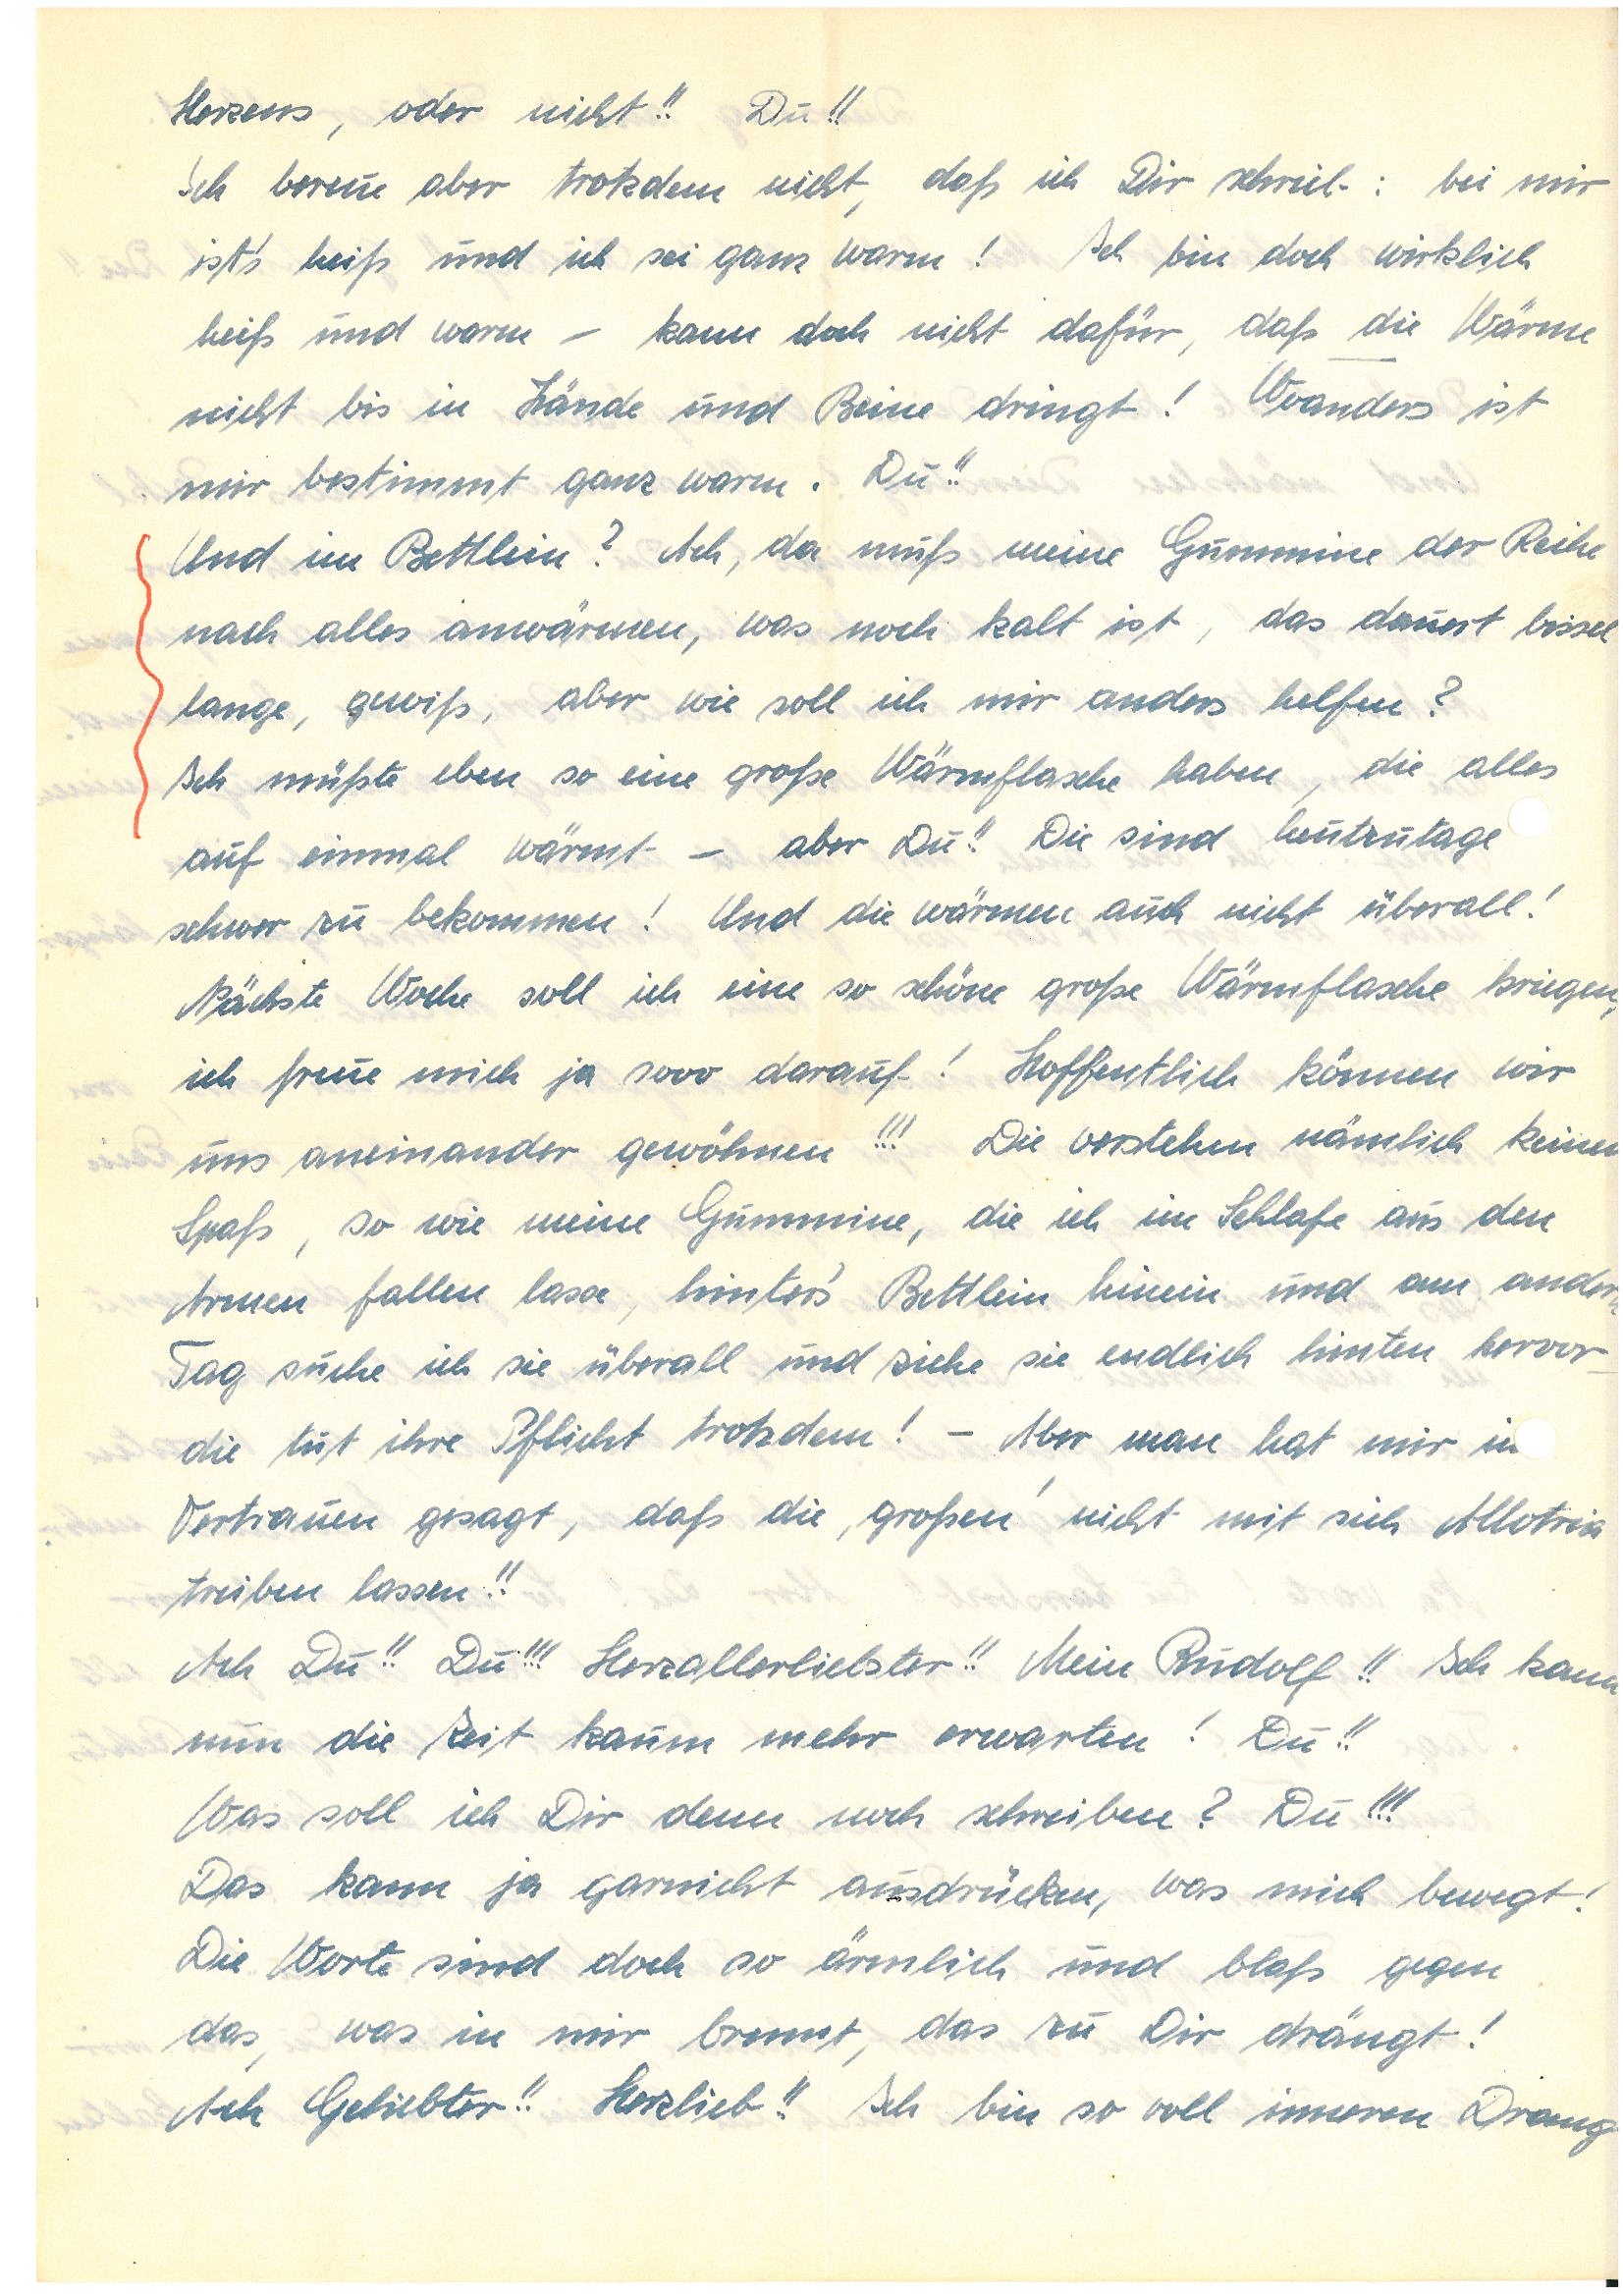
Herzens, oder nicht!! Du!!
Ich bereue aber trotzdem nicht, daß ich Dir schrieb: bei mir
ist’s heiß und ich sei ganz warm! Ich bin doch wirklich
heiß und warm – kann doch nicht dafür, daß die Wärme
nicht bis in die Hände und Beine dringt! Woanders ist
mir bestimmt ganz warm. Du!!
Und im Bettlein? Ach, da muß meine Gummine der Reihe
nach alles anwärmen, was noch kalt ist, das dauert bissel
lange, gewiß, aber wie soll ich mir anders helfen?
Ich müßte eben so eine große Wärmflasche haben, die alles
auf einmal wärmt – aber Du!! Die sind heutzutage
schwer zu bekommen! Und die wärmen auch nicht überall!
Nächste Woche soll ich eine so schöne große Wärmflasche kriegen,
ich freue mich ja sooo darauf! Hoffentlich können wir
uns aneinander gewöhnen!!! Die verstehen nämlich keinen
Spaß, so wie meine Gummine, die ich im Schlafe aus den
Armen fallen lasse, hinter’s Bettlein hinein und am andern
Tag suche ich sie überall und ziehe sie endlich hinten hervor –
die tut ihre Pflicht trotzdem! – Aber man hat mir i
Vertrauen gesagt, daß die ‚großen’ nicht mit sich Allotria
treiben lassen!!
Ach Du!! Du!!! Herzallerliebster!! Mein !! Ich kann
nun die Zeit kaum mehr erwarten! Du!!
Was soll ich Dir denn noch schreiben? Du!!!
Das kann ja garnicht ausdrücken, was mich bewegt!
Die Worte sind doch so ärmlich und bloß gegen
das, was in mir brennt, das zu Dir drängt!
Ach Geliebter!! Herzlieb!! Ich bin so voll inneren Drang